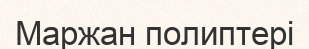
Маржан полиптері